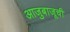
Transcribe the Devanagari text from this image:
आजुबाजूची